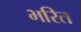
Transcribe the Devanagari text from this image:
भरित